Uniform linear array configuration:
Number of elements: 32
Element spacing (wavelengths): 0.75
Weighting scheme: hamming
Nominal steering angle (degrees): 15
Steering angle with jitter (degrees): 16.314
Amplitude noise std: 0.05
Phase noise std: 0.05

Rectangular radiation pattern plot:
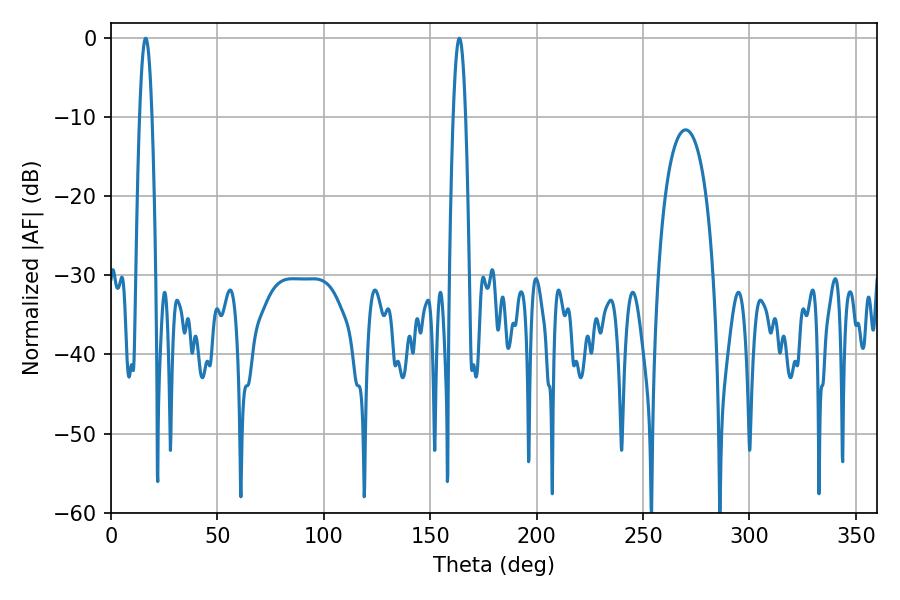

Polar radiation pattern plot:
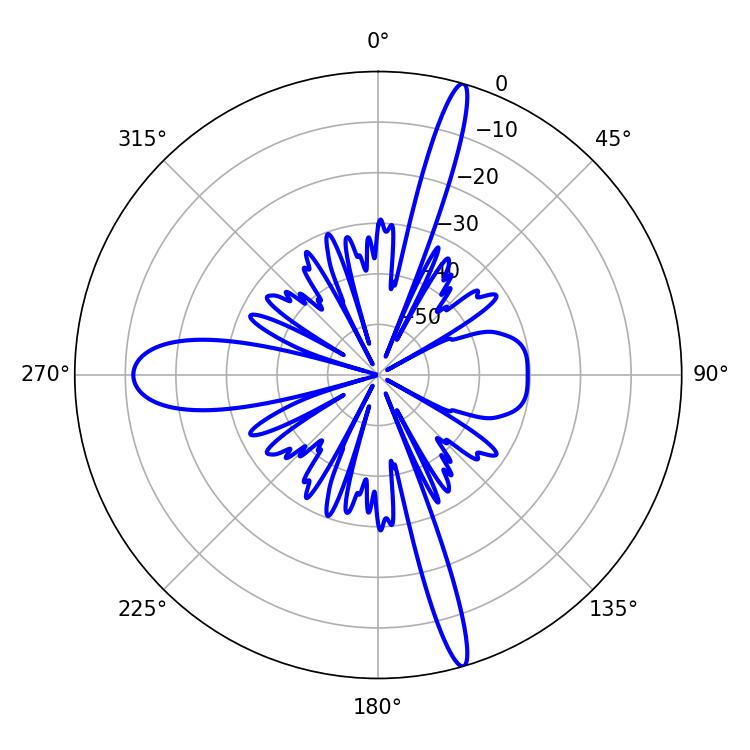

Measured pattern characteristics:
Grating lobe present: TRUE
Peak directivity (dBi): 20.101
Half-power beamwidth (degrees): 3.06
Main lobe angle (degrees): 16.38